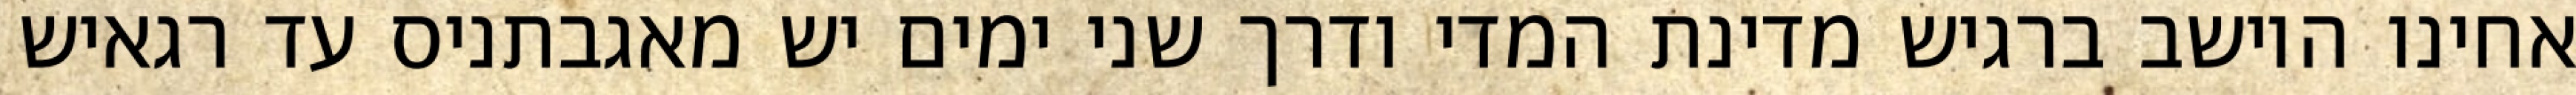
אחינו היושב ברגיש מדינת המדי ודרך שני ימים יש מאגבתניס עד רגאיש